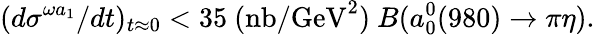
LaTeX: (d\sigma^{\omega a_{1}}/dt)_{t\approx 0}<35\ (\mathrm{nb/GeV}^{2})\ B(a_{0}^{0}(980)\rightarrow\pi\eta).